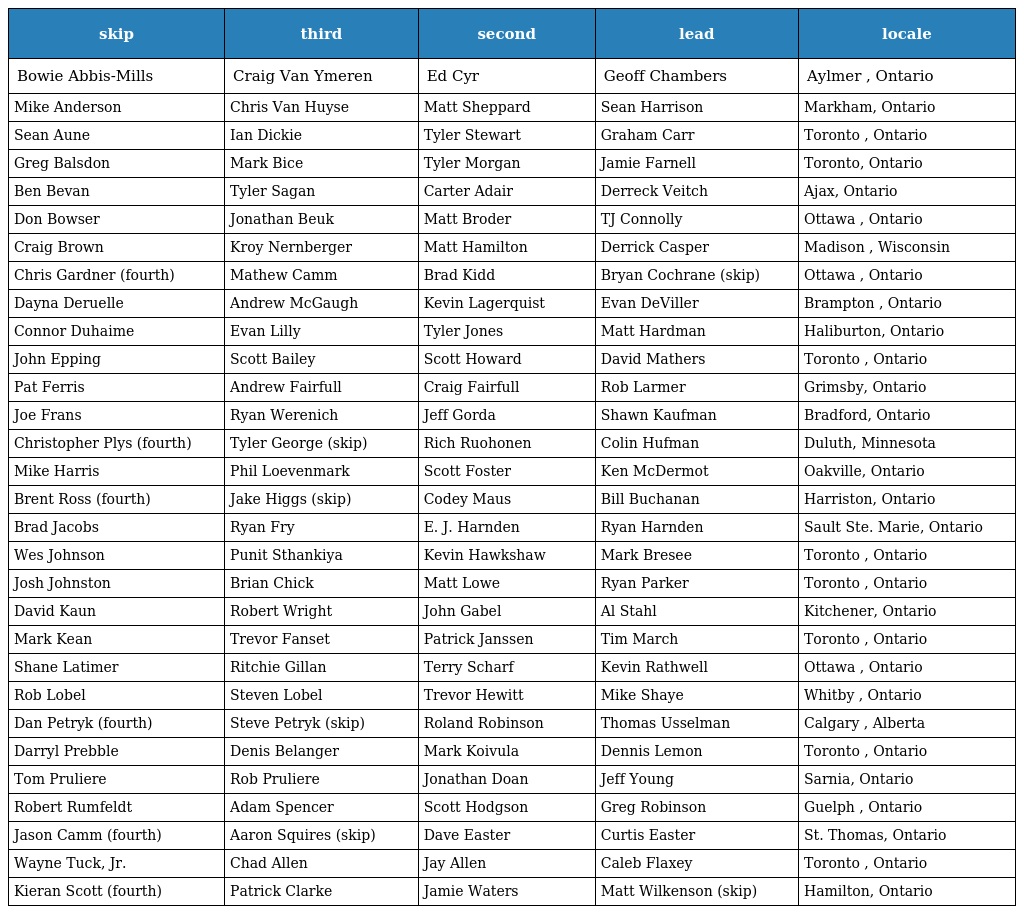
| skip | third | second | lead | locale |
 | --- | --- | --- | --- | --- |
 | Bowie Abbis-Mills | Craig Van Ymeren | Ed Cyr | Geoff Chambers | Aylmer , Ontario |
 | Mike Anderson | Chris Van Huyse | Matt Sheppard | Sean Harrison | Markham, Ontario |
 | Sean Aune | Ian Dickie | Tyler Stewart | Graham Carr | Toronto , Ontario |
 | Greg Balsdon | Mark Bice | Tyler Morgan | Jamie Farnell | Toronto, Ontario |
 | Ben Bevan | Tyler Sagan | Carter Adair | Derreck Veitch | Ajax, Ontario |
 | Don Bowser | Jonathan Beuk | Matt Broder | TJ Connolly | Ottawa , Ontario |
 | Craig Brown | Kroy Nernberger | Matt Hamilton | Derrick Casper | Madison , Wisconsin |
 | Chris Gardner (fourth) | Mathew Camm | Brad Kidd | Bryan Cochrane (skip) | Ottawa , Ontario |
 | Dayna Deruelle | Andrew McGaugh | Kevin Lagerquist | Evan DeViller | Brampton , Ontario |
 | Connor Duhaime | Evan Lilly | Tyler Jones | Matt Hardman | Haliburton, Ontario |
 | John Epping | Scott Bailey | Scott Howard | David Mathers | Toronto , Ontario |
 | Pat Ferris | Andrew Fairfull | Craig Fairfull | Rob Larmer | Grimsby, Ontario |
 | Joe Frans | Ryan Werenich | Jeff Gorda | Shawn Kaufman | Bradford, Ontario |
 | Christopher Plys (fourth) | Tyler George (skip) | Rich Ruohonen | Colin Hufman | Duluth, Minnesota |
 | Mike Harris | Phil Loevenmark | Scott Foster | Ken McDermot | Oakville, Ontario |
 | Brent Ross (fourth) | Jake Higgs (skip) | Codey Maus | Bill Buchanan | Harriston, Ontario |
 | Brad Jacobs | Ryan Fry | E. J. Harnden | Ryan Harnden | Sault Ste. Marie, Ontario |
 | Wes Johnson | Punit Sthankiya | Kevin Hawkshaw | Mark Bresee | Toronto , Ontario |
 | Josh Johnston | Brian Chick | Matt Lowe | Ryan Parker | Toronto , Ontario |
 | David Kaun | Robert Wright | John Gabel | Al Stahl | Kitchener, Ontario |
 | Mark Kean | Trevor Fanset | Patrick Janssen | Tim March | Toronto , Ontario |
 | Shane Latimer | Ritchie Gillan | Terry Scharf | Kevin Rathwell | Ottawa , Ontario |
 | Rob Lobel | Steven Lobel | Trevor Hewitt | Mike Shaye | Whitby , Ontario |
 | Dan Petryk (fourth) | Steve Petryk (skip) | Roland Robinson | Thomas Usselman | Calgary , Alberta |
 | Darryl Prebble | Denis Belanger | Mark Koivula | Dennis Lemon | Toronto , Ontario |
 | Tom Pruliere | Rob Pruliere | Jonathan Doan | Jeff Young | Sarnia, Ontario |
 | Robert Rumfeldt | Adam Spencer | Scott Hodgson | Greg Robinson | Guelph , Ontario |
 | Jason Camm (fourth) | Aaron Squires (skip) | Dave Easter | Curtis Easter | St. Thomas, Ontario |
 | Wayne Tuck, Jr. | Chad Allen | Jay Allen | Caleb Flaxey | Toronto , Ontario |
 | Kieran Scott (fourth) | Patrick Clarke | Jamie Waters | Matt Wilkenson (skip) | Hamilton, Ontario |